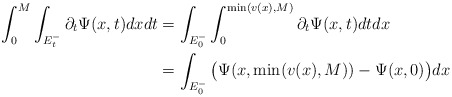
\begin{align*}\int_0^M \int_{E_t^-} \partial_t{\Psi}(x,t)dxdt&=\int_{E_0^-}\int_0^{\min(v(x),M)}\partial_t{\Psi}(x,t)dtdx\\&=\int_{E_0^-}\big({\Psi}(x,\min(v(x),M))-{\Psi}(x,0)\big)dx\end{align*}